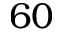
6 0